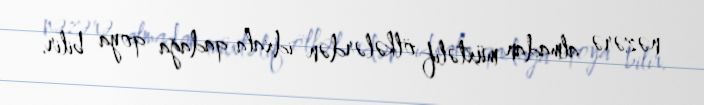
nəzərə almadan müxtəlif ölkələrdən idxala qadağa qoya bilir.